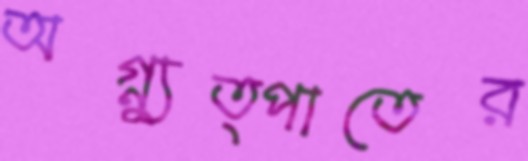
অগ্ন্যুত্পাতের